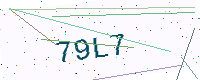
Text: 79L7